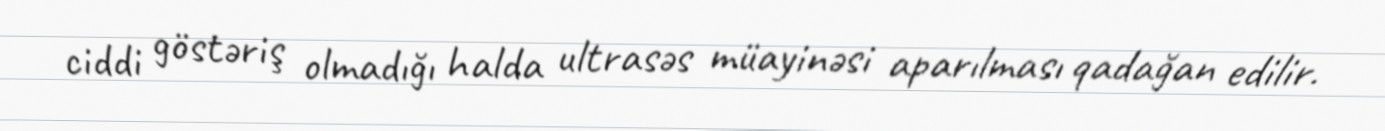
ciddi göstəriş olmadığı halda ultrasəs müayinəsi aparılması qadağan edilir.